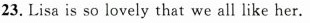
23. Lisa is so lovely that we all like her.